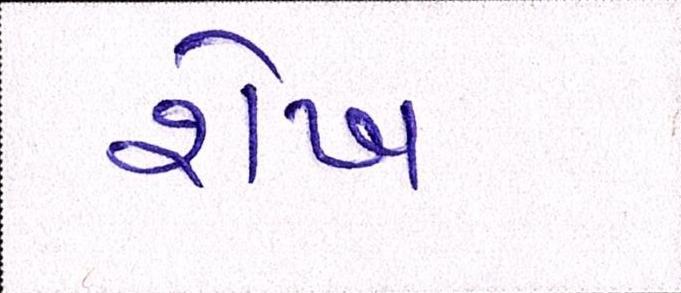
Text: શેખ